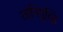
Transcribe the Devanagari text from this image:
तानिगुच्हि